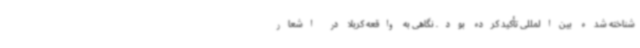
شناخته شده بین‌المللی تأکید کرده بود. نگاهی به واقعه کربلا در اشعار